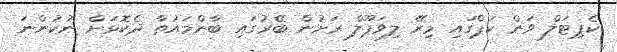
ކެޕިޓަލް ވަން ކަޕްގައި މިރޭ ލިވަޕޫލް ރަށުން ބޭރުގައި ބާންމައުތާ ދެކޮޅަށް ނުކުންނަ